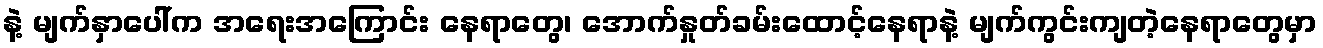
နဲ့ မျက်နှာပေါ်က အရေးအကြောင်း နေရာတွေ၊ အောက်နှုတ်ခမ်းထောင့်နေရာနဲ့ မျက်ကွင်းကျတဲ့နေရာတွေမှာ